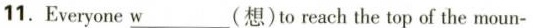
11. Everyone \underline{w}(想)to reach the top of the moun-